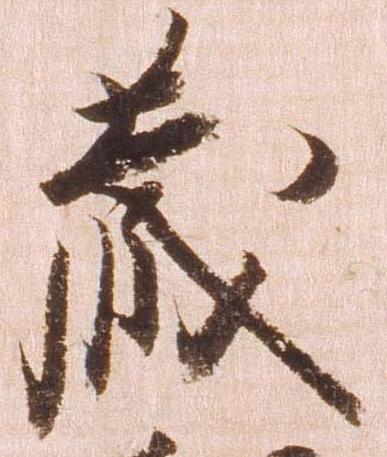
蔵